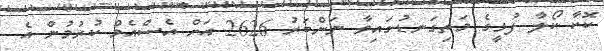
ކޮކާ ކޯލާ ފުޅީގެ މަތިގަނޑުގައިވާ ނަންބަރު 2626 އަށް އެސްއެމް ކުރުމުން އެ